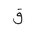
Letter: _qaf